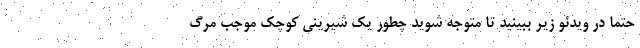
حتما در ویدئو زیر ببینید تا متوجه شوید چطور یک شیرینی کوچک موجب مرگ